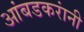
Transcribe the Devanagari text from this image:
आंबडकरांनी